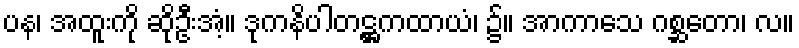
ပန၊ အထူးကို ဆိုဦးအံ့။ ဒုကနိပါတဋ္ဌကထာယံ၊ ၌။ အာကာသေ ဂစ္ဆတော၊ လ။